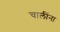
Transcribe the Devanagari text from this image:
चालींना